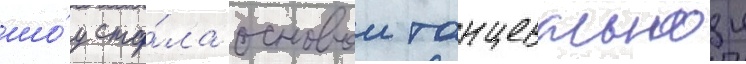
шо́у ста́ла основои танцевальнои